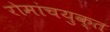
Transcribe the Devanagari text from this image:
रोमांचयुक्त